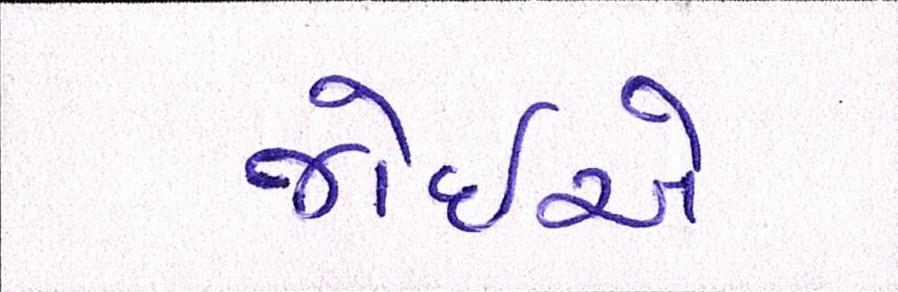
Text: જોઇએ